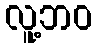
လူ့ဘဝ